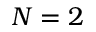
N = 2